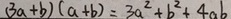
( 3 a + b ) ( a + b ) = 3 a ^ { 2 } + b ^ { 2 } + 4 a b